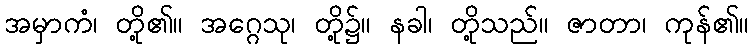
အမှာကံ၊ တို့၏။ အဂ္ဂေသု၊ တို့၌။ နခါ၊ တို့သည်။ ဇာတာ၊ ကုန်၏။